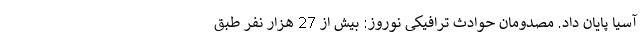
آسیا پایان داد. مصدومان حوادث ترافیکی نوروز: بیش از 27 هزار نفر طبق